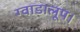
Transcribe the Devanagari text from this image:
ग्वाडालूप।